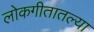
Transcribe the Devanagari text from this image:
लोकगीतातल्या